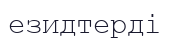
езидтерді